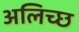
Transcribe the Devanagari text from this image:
अलिच्छ